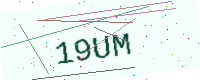
Text: 19UM